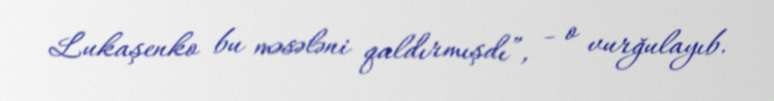
Lukaşenko bu məsələni qaldırmışdı”, - o vurğulayıb.